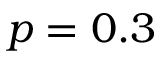
p = 0 . 3